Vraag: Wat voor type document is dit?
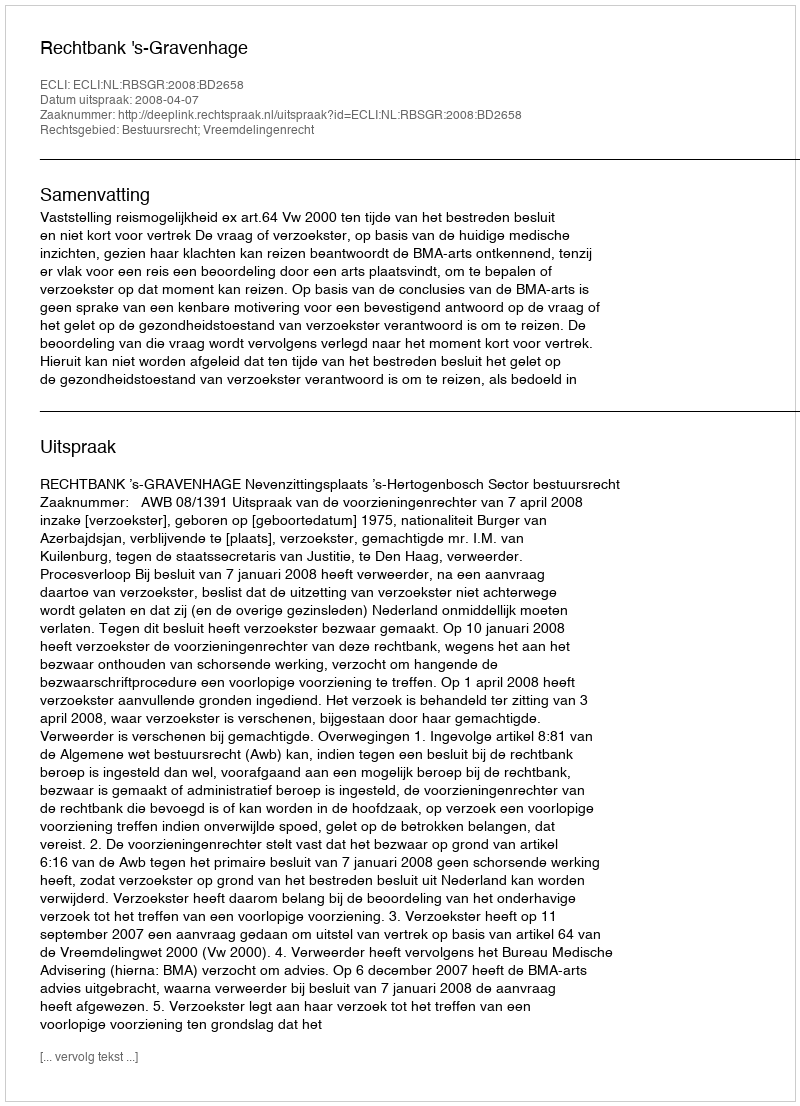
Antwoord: Uitspraak